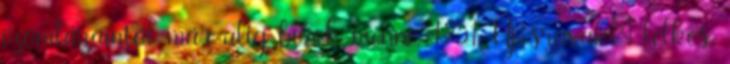
izomlázamtól már alig bírok menni. 1251. Új szavak: lelkes,